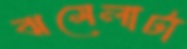
ঝমেলাটা